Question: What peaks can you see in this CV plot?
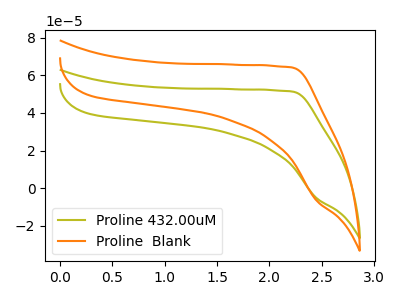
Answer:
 <answer>The olive curve "Proline 432.00uM" has no peaks. The orange curve "Proline  Blank" has no peaks.</answer>
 <eval></eval>